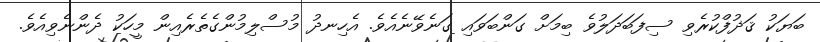
ބަޔަކު ޤަޛުފްކުރެވި ސިފަބަދަލުވެ ބިމަށް ގަންބަވައި ގަނެވޭނެއެވެ. އެހިނދު މުސްލިމުންގެތެރެއިން މީހަކު ދެންނެވިއެވެ.